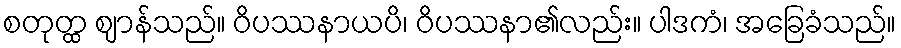
စတုတ္ထ ဈာန်သည်။ ဝိပဿနာယပိ၊ ဝိပဿနာ၏လည်း။ ပါဒကံ၊ အခြေခံသည်။